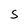
Character: S